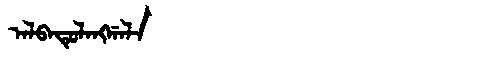
Manchu: ᠠᠯᠪᠠᡨᡠᠯᠠᠩᡤᠠᠯᠠ
Romanization: ALBATULANGGALA